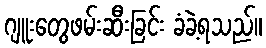
ဂျူးတွေဖမ်းဆီးခြင်း ခံခဲ့ရသည်။